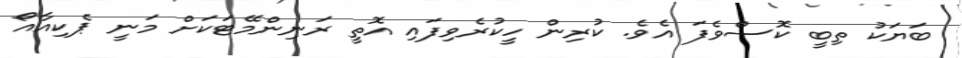
ބަޔަކު ތިބީ ކޮސްވެފަ އެވެ. ކުރިން ހީކުރެވިފައި އޮތީ ރަނިންމޭޓަކަށް މަނީ ޕެކިއާއޯ